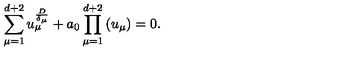
\sum _ { \mu = 1 } ^ { d + 2 } u _ { \mu } ^ { \frac { D } { \delta _ { \mu } } } + a _ { 0 } \prod _ { \mu = 1 } ^ { d + 2 } \left( u _ { \mu } \right) = 0 .